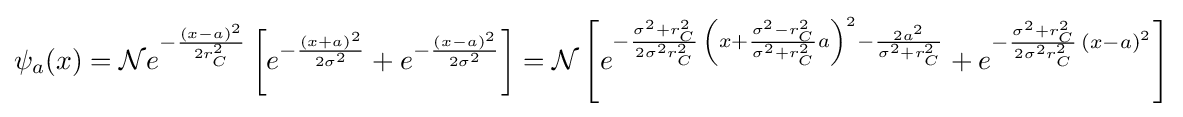
\psi _{a}(x)={\cal {N}}e^{-{\frac {(x-a)^{2}}{2r_{C}^{2}}}}\left[e^{-{\frac {(x+a)^{2}}{2\sigma ^{2}}}}+e^{-{\frac {(x-a)^{2}}{2\sigma ^{2}}}}\right]={\cal {N}}\left[e^{-{\frac {\sigma ^{2}+r_{C}^{2}}{2\sigma ^{2}r_{C}^{2}}}\,\left(x+{\frac {\sigma ^{2}-r_{C}^{2}}{\sigma ^{2}+r_{C}^{2}}}a\right)^{2}-{\frac {2a^{2}}{\sigma ^{2}+r_{C}^{2}}}}+e^{-{\frac {\sigma ^{2}+r_{C}^{2}}{2\sigma ^{2}r_{C}^{2}}}\,(x-a)^{2}}\right]